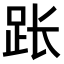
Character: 𫏃